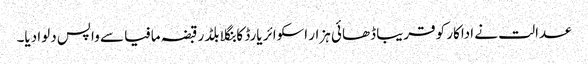
عدالت نے اداکار کو قریبا ڈھائی ہزار اسکوائر یارڈ کا بنگلا بلڈر قبضہ مافیا سے واپس دلوا دیا۔